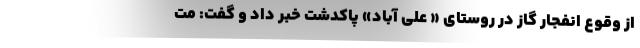
از وقوع انفجار گاز در روستای « علی آباد» پاکدشت خبر داد و گفت: مت